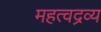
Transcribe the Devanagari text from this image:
महत्वद्रव्य